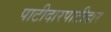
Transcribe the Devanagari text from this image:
पाटीदारपाटीदार